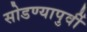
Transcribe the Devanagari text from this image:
सोडण्यापुर्वी